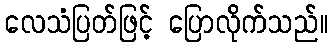
လေသံပြတ်ဖြင့် ပြောလိုက်သည်။